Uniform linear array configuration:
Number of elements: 12
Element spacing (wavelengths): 0.75
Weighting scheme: hann
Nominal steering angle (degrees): -45
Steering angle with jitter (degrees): -44.308
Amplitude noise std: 0.05
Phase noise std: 0.05

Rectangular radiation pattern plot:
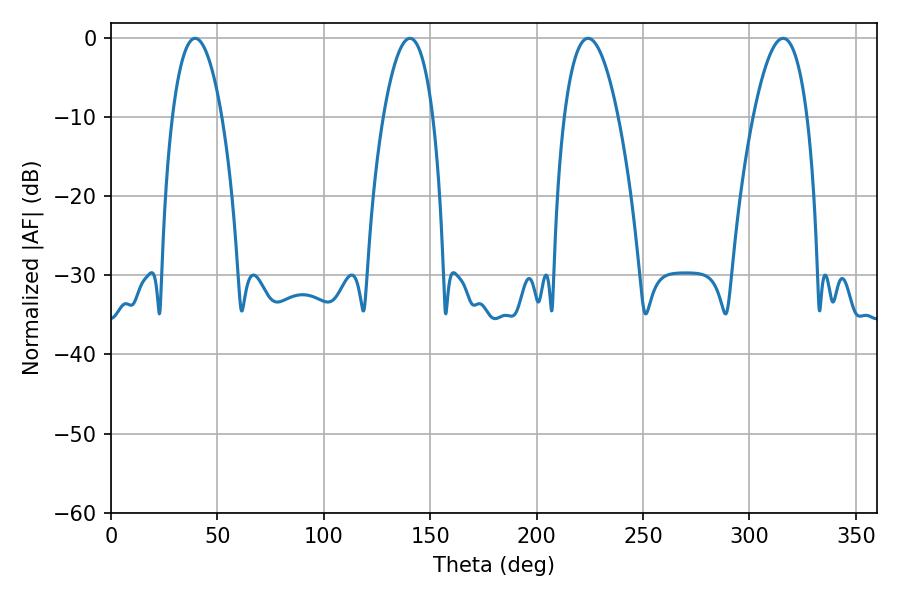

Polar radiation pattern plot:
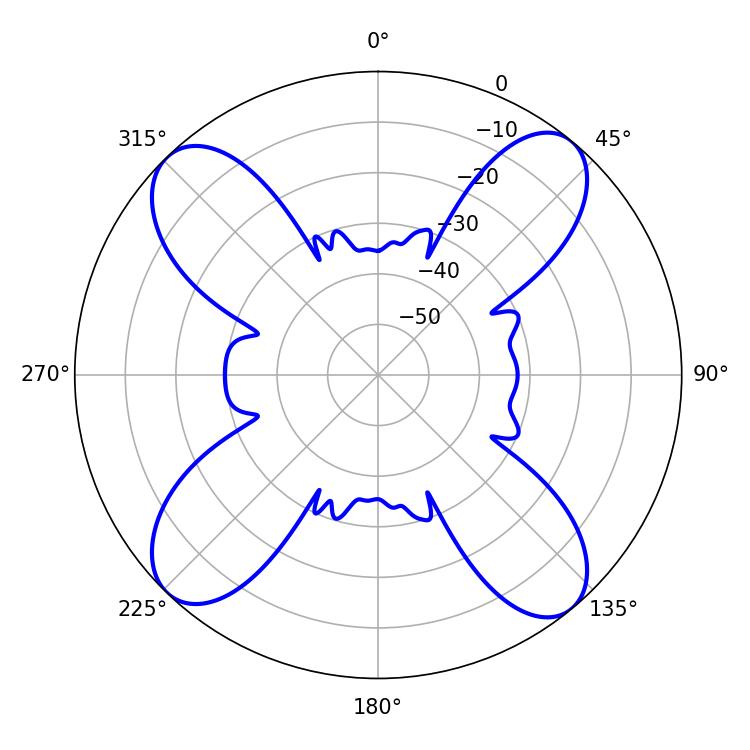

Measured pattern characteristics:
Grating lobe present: TRUE
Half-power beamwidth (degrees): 14.04
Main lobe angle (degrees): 224.1